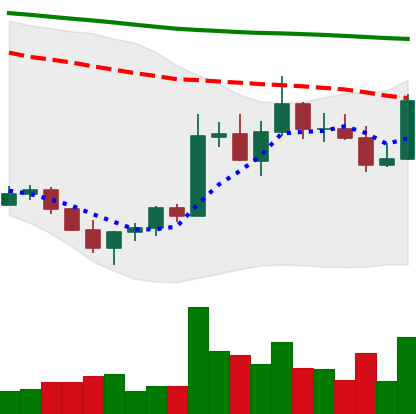
Ticker: ADA-USD
Chart end date: 2022-11-04
Forward return: -24.598%
Label: down_7plus